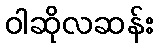
ဝါဆိုလဆန်း